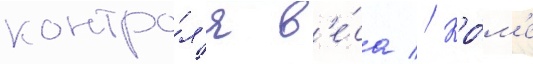
контро́л'я в'е́са // Кро́м'е